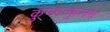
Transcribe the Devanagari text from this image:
कुण्डन्कुलम